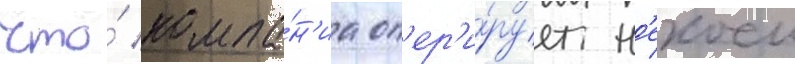
что́ компа́н'иа оп'ер'и́рует н'екоеи